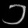
Digit: ၁